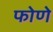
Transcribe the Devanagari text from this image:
फोणे